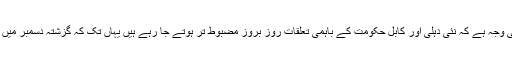
ایک طرف افغانستان ہے جہاں سے بھارت کے بہت زیادہ مفادات جُڑے ہوئے ہیں اور یہی وجہ ہے کہ نئی دہلی اور کابل حکومت کے باہمی تعلقات روز بروز مضبوط تر ہوتے جا رہے ہیں یہاں تک کہ گزشتہ دسمبر میں خلیج فارس کے قریب ایران میں چاہ بہار بندرگاہ کے پہلے مرحلے کا افتتاح عمل میں آیا۔